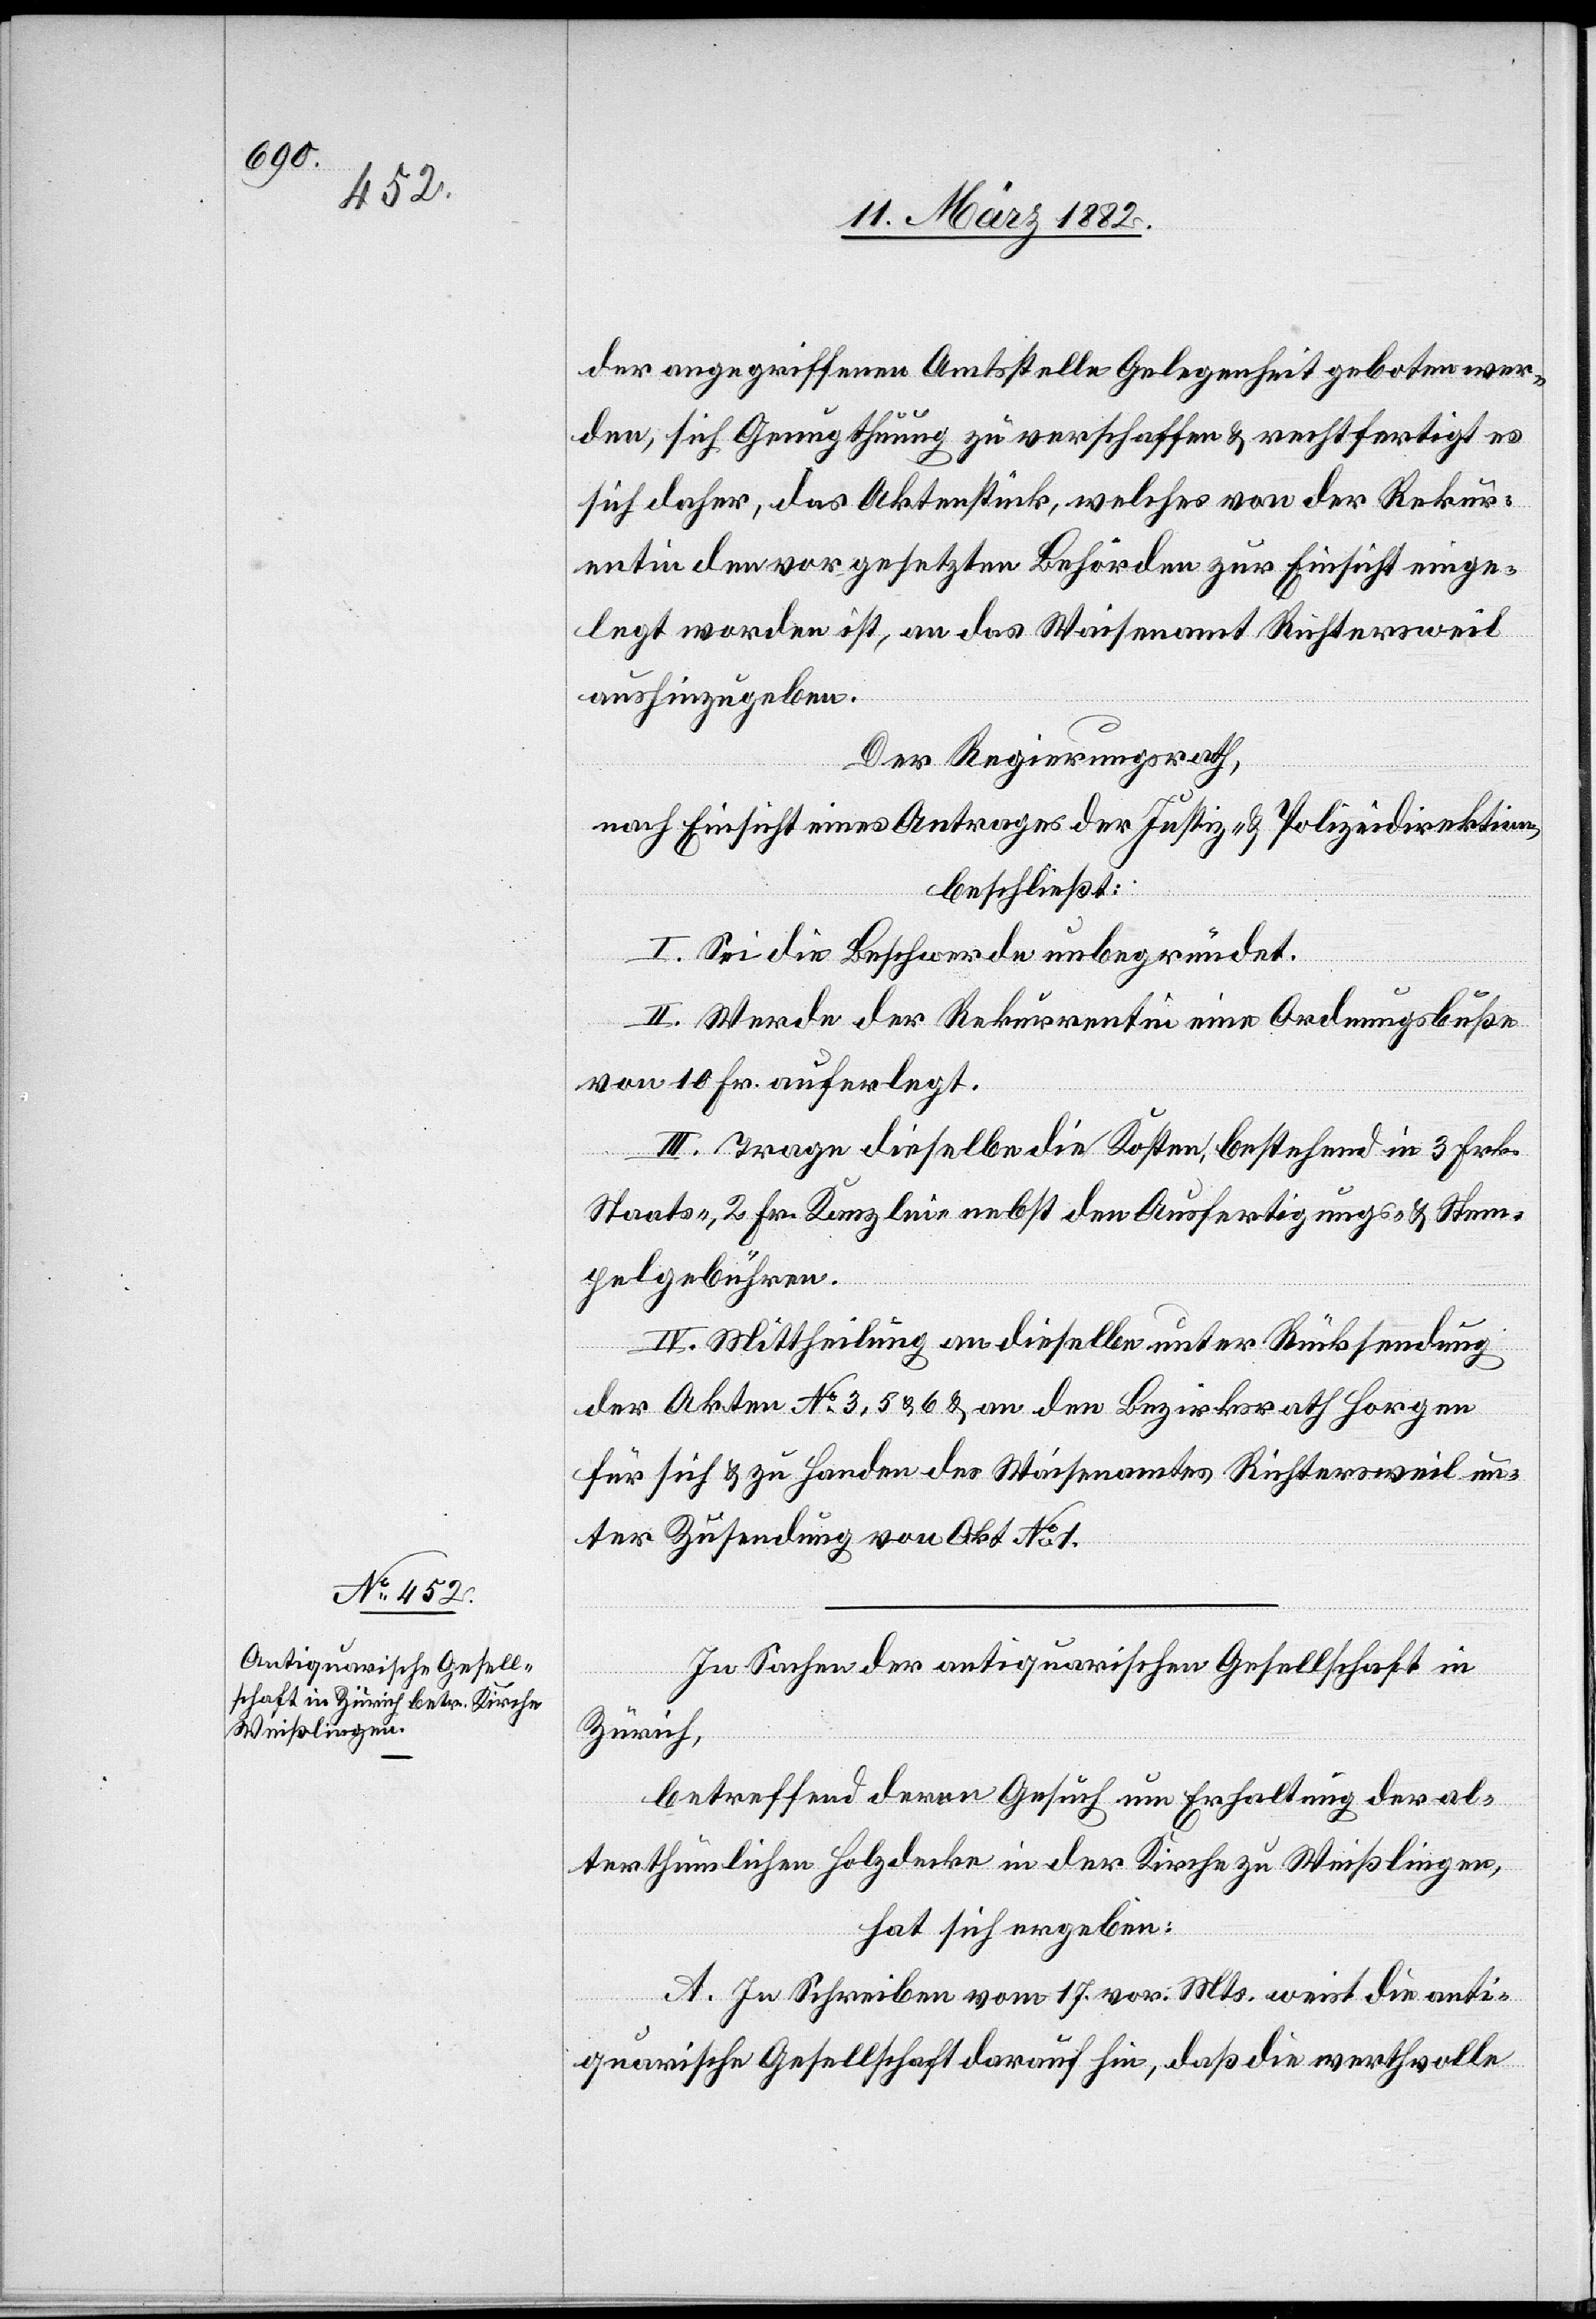
der angegriffenen Amtsstelle Gelegenheit geboten wer¬
den, sich Genugthuung zu verschaffen & rechtfertigt es
sich daher, das Aktenstück, welches von der Rekurr¬
entin den vorgesetzten Behörden zur Einsicht einge¬
legt worden ist, an das Waisenamt Richtersweil
aushinzugeben.
Der Regierungsrath,
nach Einsicht eines Antrages der Justiz- & Polizeidirektion,
beschließt:
I. Sei die Beschwerde unbegründet.
II. werde der Rekurrentin eine Ordnungsbuße
von 10 Fr. auferlegt.
III. Trage dieselbe die Kosten, bestehend in 3 Frk.
Staats-, 2 Fr. Kanzlei- nebst den Ausfertigungs- & Stem¬
pelgebühren.
IV. Mittheilung an dieselbe unter Rücksendung
der Akten No 3, 5, & 6 & an den Bezirksrath Horgen
für sich & zu Handen des Waisenamtes Richtersweil un¬
ter Zusendung von Akt. No 1.
In Sachen der antiquarischen Gesellschaft in
Zürich,
betreffend deren Gesuch um Erhaltung der al¬
terthümlichen Holzdecke in der Kirche zu Weißlingen,
hat sich ergeben:
A. In Schreiben vom 17. vor. Mts. weist die anti¬
quarische Gesellschaft darauf hin, daß die werthvolle